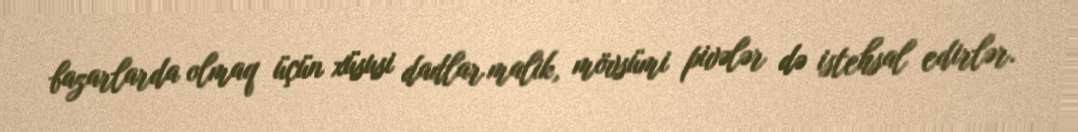
bazarlarda olmaq üçün xüsusi dadlar malik, mövsümi pivələr də istehsal edirlər.